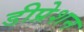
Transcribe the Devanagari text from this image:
डीप्रेशन